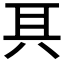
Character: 𠔐